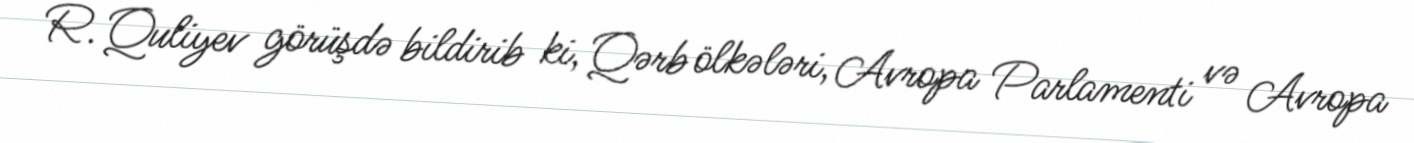
R. Quliyev görüşdə bildirib ki, Qərb ölkələri, Avropa Parlamenti və Avropa